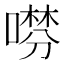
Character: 𠾞